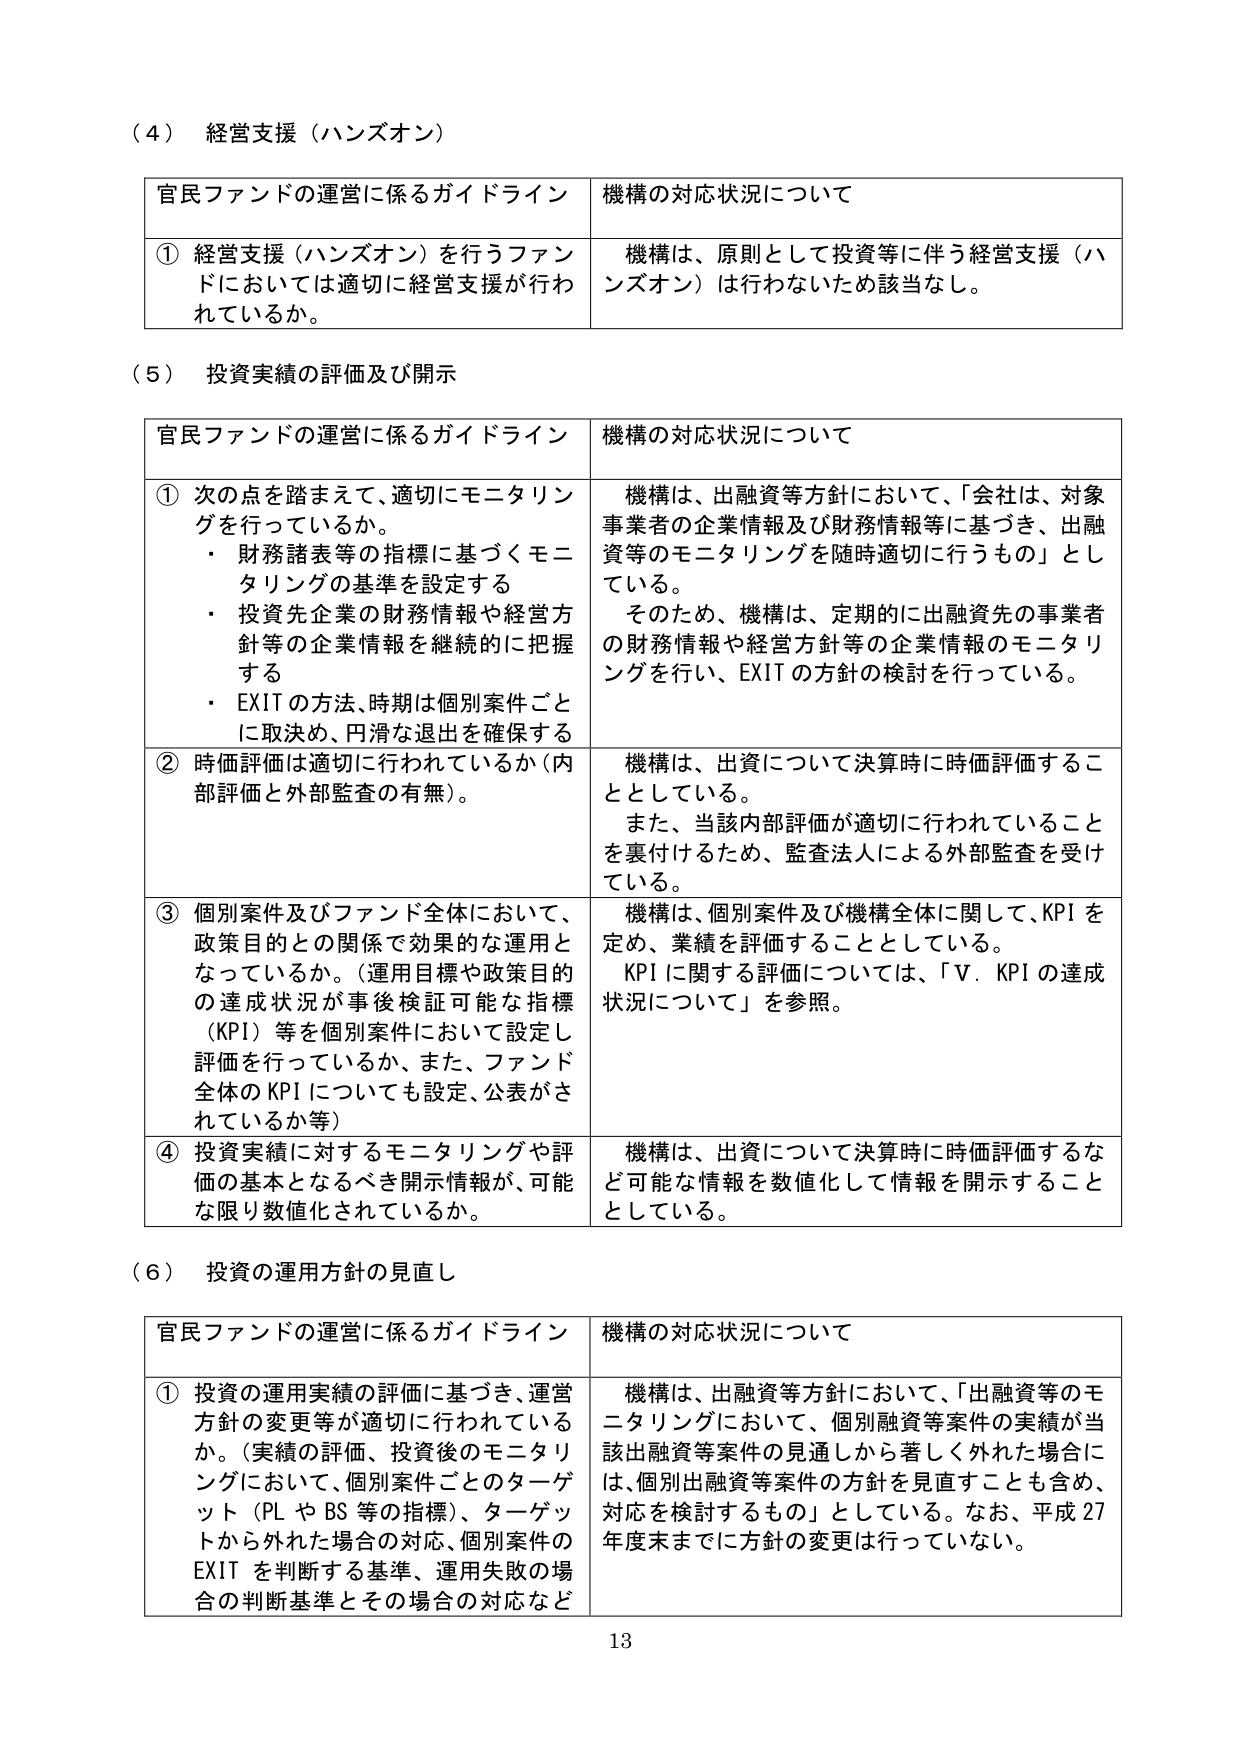
（４） 経営支援（ハンズオン）

官民ファンドの運営に係るガイドライン 機構の対応状況について

① 経営支援（ハンズオン）を行うファンドにおいては適切に経営支援が行われているか。 機構は、原則として投資等に伴う経営支援（ハンズオン）は行わないため該当なし。

（５） 投資実績の評価及び開示

官民ファンドの運営に係るガイドライン 機構の対応状況について

① 次の点を踏まえて、適切にモニタリングを行っているか。
・ 財務諸表等の指標に基づくモニタリングの基準を設定する
・ 投資先企業の財務情報や経営方針等の企業情報を継続的に把握する
・ EXIT の方法、時期は個別案件ごとに取決め、円滑な退出を確保する

機構は、出融資等方針において、「会社は、対象事業者の企業情報及び財務情報等に基づき、出融資等のモニタリングを随時適切に行うもの」としている。
そのため、機構は、定期的に出融資先の事業者の財務情報や経営方針等の企業情報のモニタリングを行い、EXITの方針の検討を行っている。

② 時価評価は適切に行われているか（内部評価と外部監査の有無）。

機構は、出資について決算時に時価評価することとしている。
また、当該内部評価が適切に行われていることを裏付けるため、監査法人による外部監査を受けている。

③ 個別案件及びファンド全体において、政策目的との関係で効果的な運用となっているか。（運用目標や政策目的の達成状況が事後検証可能な指標（KPI）等を個別案件において設定し評価を行っているか、また、ファンド全体のKPIについても設定、公表がされているか等）

機構は、個別案件及び機構全体に関して、KPIを定め、業績を評価することとしている。
KPIに関する評価については、「Ⅴ．KPIの達成状況について」を参照。

④ 投資実績に対するモニタリングや評価の基本となるべき開示情報が、可能な限り数値化されているか。

機構は、出資について決算時に時価評価するなど可能な情報を数値化して情報を開示することとしている。

（６） 投資の運用方針の見直し

官民ファンドの運営に係るガイドライン 機構の対応状況について

① 投資の運用実績の評価に基づき、運営方針の変更等が適切に行われているか。（実績の評価、投資後のモニタリングにおいて、個別案件ごとのターゲット（PLやBS等の指標）、ターゲットから外れた場合の対応、個別案件のEXITを判断する基準、運用失敗の場合の判断基準とその場合の対応など

機構は、出融資等方針において、「出融資等のモニタリングにおいて、個別融資等案件の実績が当該出融資等案件の見通しから著しく外れた場合には、個別出融資等案件の方針を見直すことも含め、対応を検討するもの」としている。なお、平成27年度末までに方針の変更は行っていない。

13